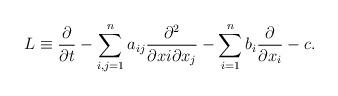
LaTeX: \begin{align*}L\equiv\frac{\partial}{\partial t}-\sum_{i,j=1}^na_{ij}\frac{\partial^2 }{\partial xi\partial x_j}-\sum_{i=1}^nb_i\frac{\partial}{\partial x_i}-c.\end{align*}